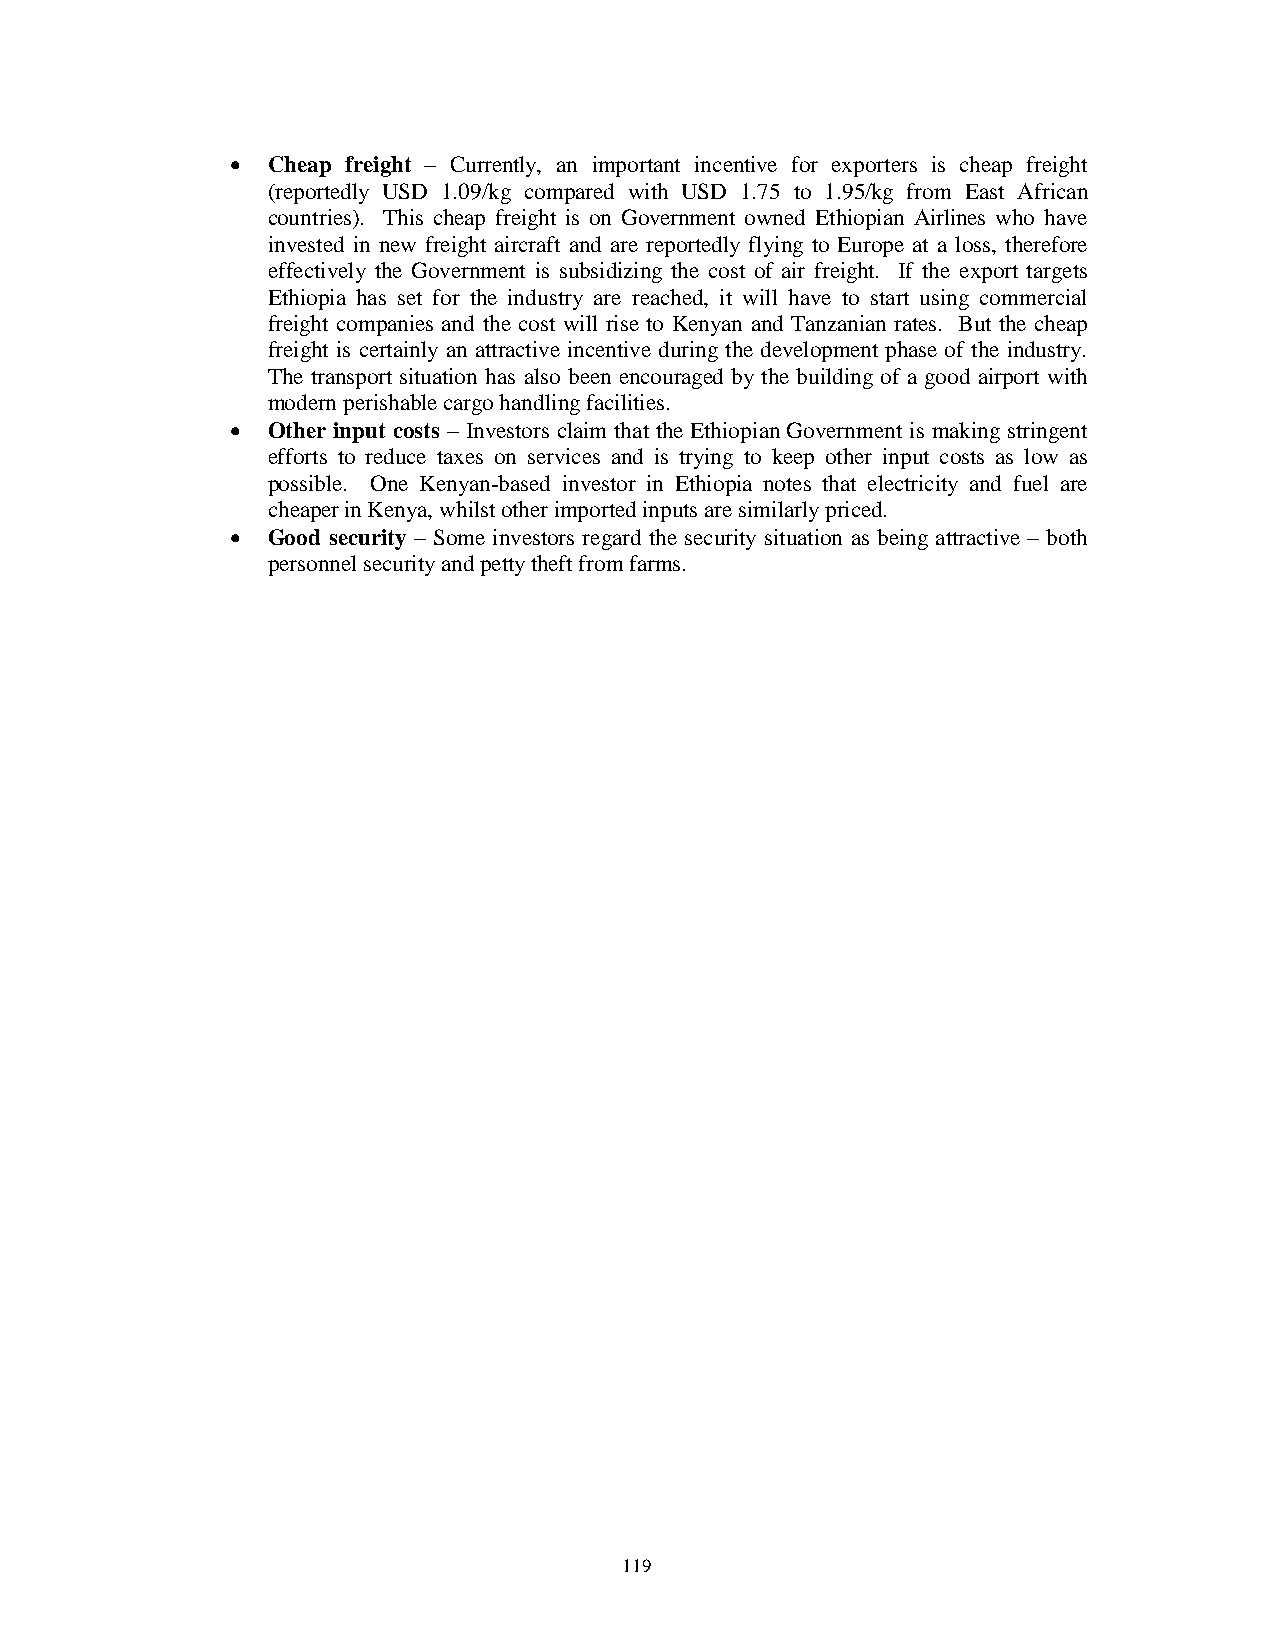
•  Cheap freight – Currently, an important incentive for exporters is cheap freight
 (reportedly USD 1.09/kg compared with USD 1.75 to 1.95/kg from East African
 countries). This cheap freight is on Government owned Ethiopian Airlines who have
 invested in new freight aircraft and are reportedly flying to Europe at a loss, therefore
 effectively the Government is subsidizing the cost of air freight. If the export targets
 Ethiopia has set for the industry are reached, it will have to start using commercial
 freight companies and the cost will rise to Kenyan and Tanzanian rates. But the cheap
 freight is certainly an attractive incentive during the development phase of the industry.
 The transport situation has also been encouraged by the building of a good airport with
 modern perishable cargo handling facilities.
 •  Other input costs – Investors claim that the Ethiopian Government is making stringent
 efforts to reduce taxes on services and is trying to keep other input costs as low as
 possible. One Kenyan-based investor in Ethiopia notes that electricity and fuel are
 cheaper in Kenya, whilst other imported inputs are similarly priced.
 •  Good security – Some investors regard the security situation as being attractive – both
 personnel security and petty theft from farms.
 119